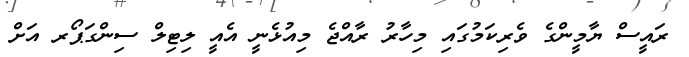
ރައީސް ޔާމީންގެ ވެރިކަމުގައި މިހާރު ރާއްޖެ މިއުޅެނީ އެއީ ލިޓިލް ސިންގަޕޯރ އަށް